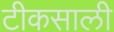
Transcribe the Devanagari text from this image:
टीकसाली